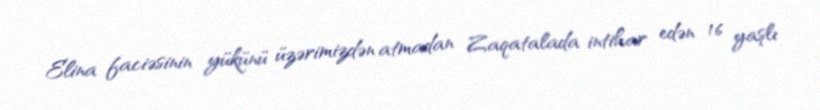
Elina faciəsinin yükünü üzərimizdən atmadan Zaqatalada intihar edən 16 yaşlı